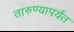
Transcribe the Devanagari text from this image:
तारुण्यापर्यंत